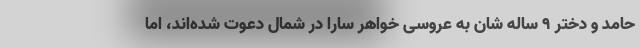
حامد و دختر 9 ساله شان به عروسی خواهر سارا در شمال دعوت شده‌اند، اما